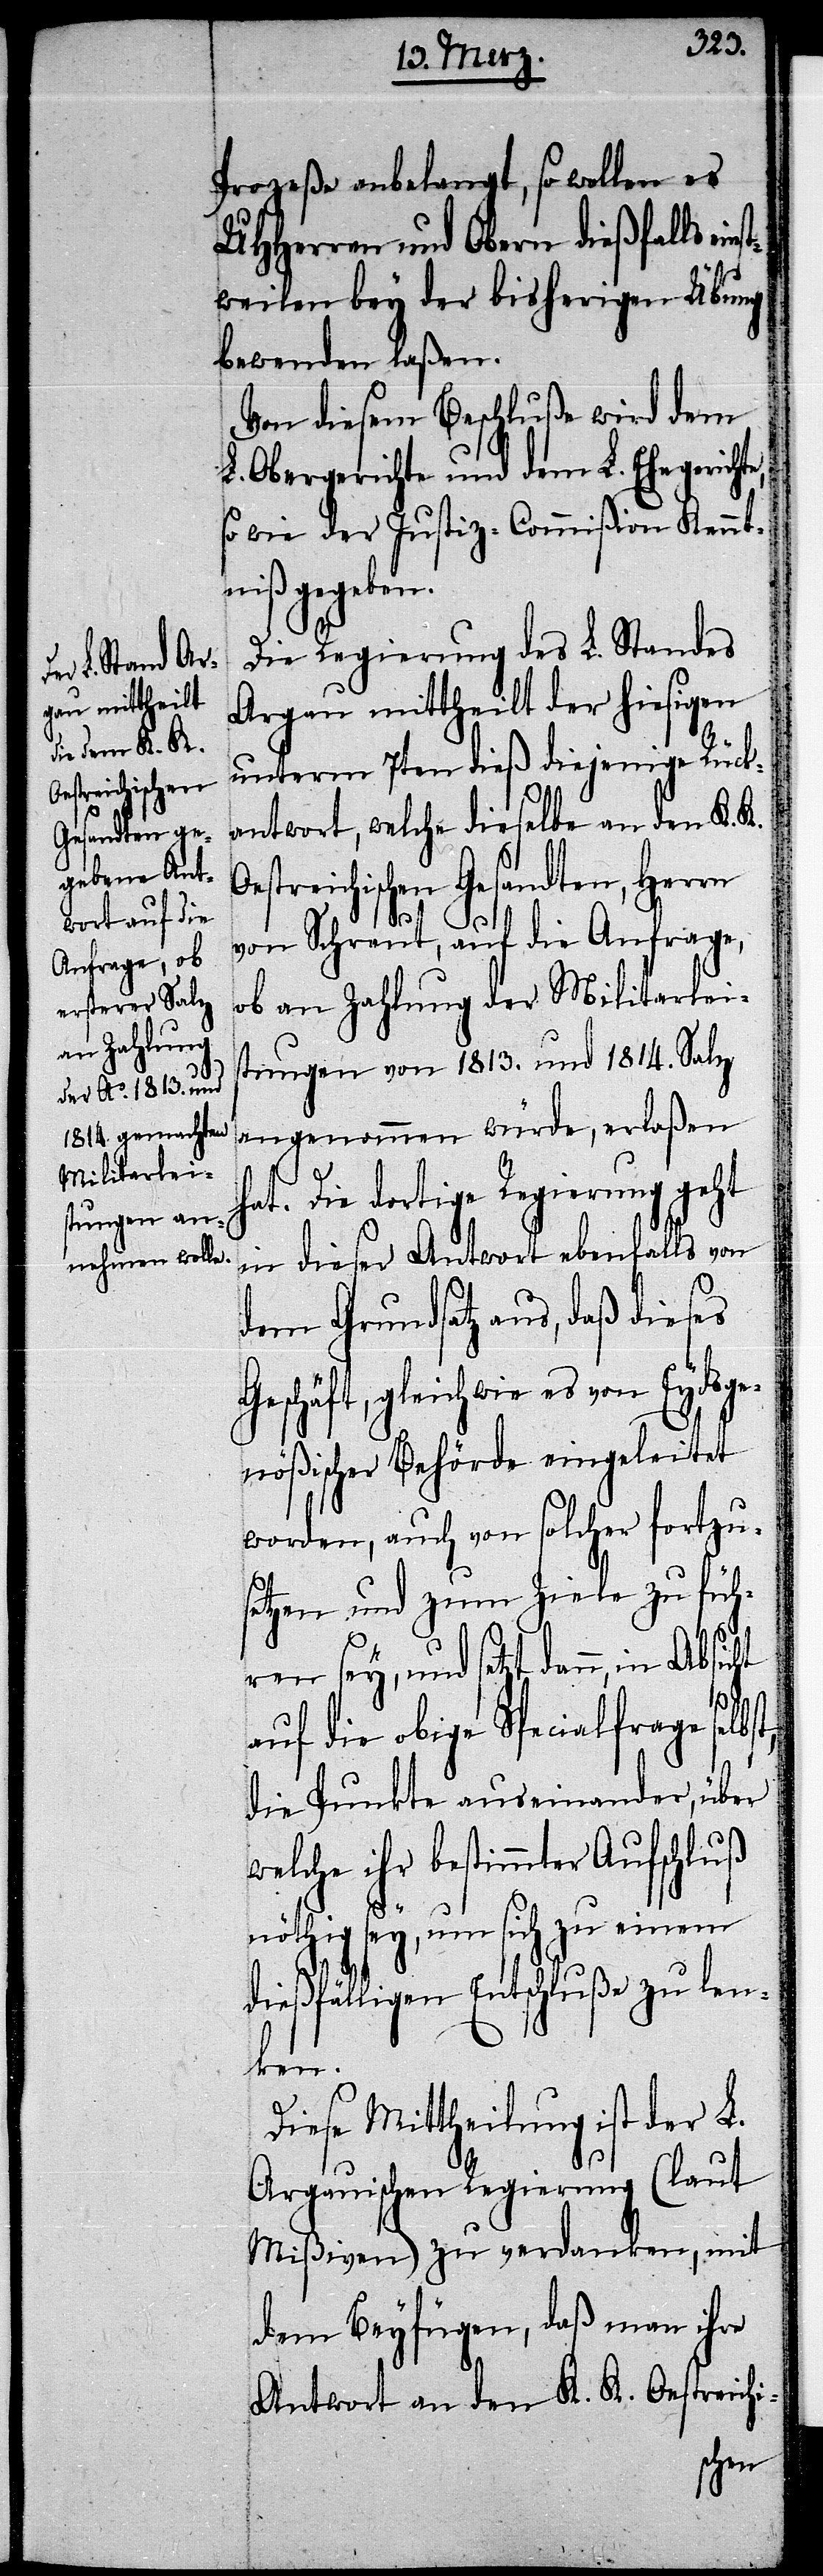
Oest¬
Prozeße anbelangt, so wollen es
UHHerren und Obern dießfalls eins¬
tweilen bey der bisherigen Übung
bewenden laßen.
Von diesem Beschluße wird dem
L. Obergerichte und dem L. Ehegerichte,
so wie der Justiz-Commißion Kennt¬
niß gegeben.
Die Regierung des L. Standes
Argau mittheilt der hiesigen
unterm 7ten dieß diejenige Rück¬
antwort, welche dieselbe an den K. K.
Geschäft, gle¬
von Schraut, auf die Anfrage,
ob an Zahlung der Militarleis¬
tungen von 1813. und 1814. Salz
angenommen würde, erlaßen
hat. Die dortige Regierung geht
in dieser Antwort ebenfalls von
dem Grundsatz aus, daß dieses
ich wie es von Eydsge¬
nößischer Behörde eingeleitet
worden, auch von solcher fortzu¬
setzen und zum Ziele zu füh¬
ren sey, und setzt dann, in
auf die obige Specialfrage
die Punkte auseinander, über
welche ihr bestimmter Aufschluß
nöthig sey, um sich zu einem d¬
ießfälligen Entschluße zu len¬
ken.
Diese Mittheilung ist der L.
Argauischen Regierung (laut
Mißiven) zu verdanken, mit
dem Beyfügen, daß man ihre
Antwort an den K. K. Oestreichi-